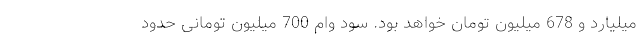
میلیارد و 678 میلیون تومان خواهد بود. سود وام 700 میلیون تومانی حدود